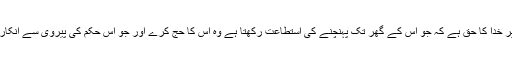
مثلاً سورۂ آل عمران میں خدائے بزرگ و برتر نے فرمایا ہے ’’اور لوگوں پر خدا کا حق ہے کہ جو اس کے گھر تک پہنچنے کی استطاعت رکھتا ہے وہ اس کا حج کرے اور جو اس حکم کی پیروی سے انکار کرے اسے معلوم ہونا چاہیے کہ خدا سارے جہاں والوں سے بے نیاز ہے‘‘۔